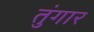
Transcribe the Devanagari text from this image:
तुंगार